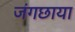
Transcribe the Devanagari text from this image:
जंगछाया